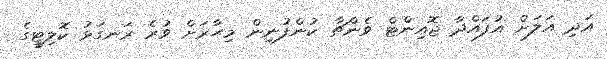
އަދި އަލަށް އުފައްދާ ޖޮއިންޓް ވެންޗާ ކުންފުނިން މިހާރަށް ވުރެ ރަނގަޅު ކޮލިޓީގެ